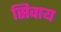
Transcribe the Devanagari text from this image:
सिवाय